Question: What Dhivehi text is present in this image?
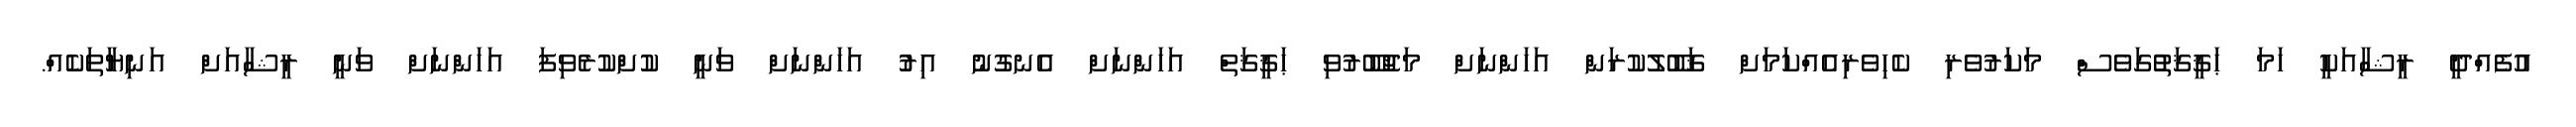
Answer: އުފެއްދީ ރީޝާއަކީ ހަމަ ޙަޤީޤަތުުގަވެސް މަކަރުވެރި ކެހިވެރިއެއްކަމަށް ޤަބޫލުކުރަން އަހަންނަށް މަޖުބޫރުވި ޙަޤީޤަތް އަހަންނަށް އެނގުނު އިރުު އަހަންނަށް ވަނީ ކުށްކުރެވިފަ އަހަންނަށް ވަނީ ރީޝާއަށް އަނިޔާތަކެއް.